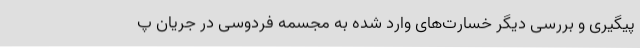
پیگیری و بررسی دیگر خسارت‌های وارد شده به مجسمه فردوسی در جریان پ